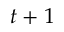
t + 1